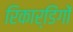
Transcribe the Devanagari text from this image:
रिकार्डिंगों